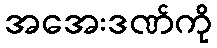
အအေးဒဏ်ကို